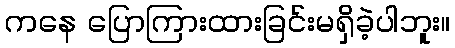
ကနေ ပြောကြားထားခြင်းမရှိခဲ့ပါဘူး။